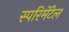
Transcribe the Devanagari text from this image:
स्परिमेंटेल